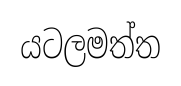
යටලමත්ත